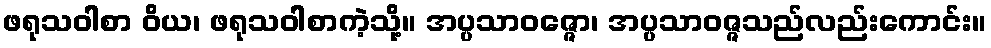
ဖရုသဝါစာ ဝိယ၊ ဖရုသဝါစာကဲ့သို့။ အပ္ပသာဝဇ္ဇော၊ အပ္ပသာဝဇ္ဇသည်လည်းကောင်း။